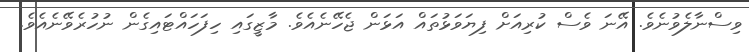
ވިސްނާލެވުނެވެ. އޭނަ ވެސް ކުރިއަށް ފިޔަވަޅުތައް އަޅަން ޖެހޭނެއެވެ. މާޒީގައި ހިފަހައްޓައިގެން ނުހުރެވޭނެއެވެ.